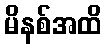
မိနစ်အထိ